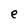
Character: e